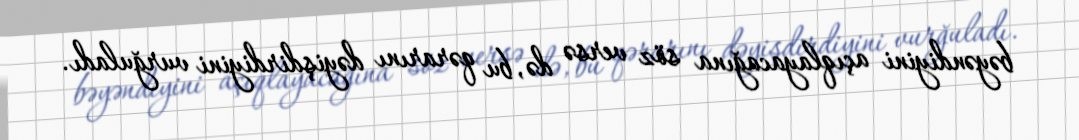
bəyəndiyini açıqlayacağına söz versə də, bu qərarını dəyişdirdiyini vurğuladı.